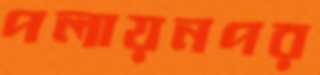
পলায়নপর